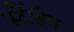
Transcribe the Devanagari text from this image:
स्टैंडिग